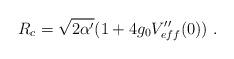
LaTeX: \begin{align*}R_c = \sqrt{2\alpha'}(1+4g_0V_{eff}''(0))\ .\end{align*}